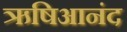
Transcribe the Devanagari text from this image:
ऋषिआनंद